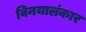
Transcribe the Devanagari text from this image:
विनयालंकार